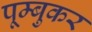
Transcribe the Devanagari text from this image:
पूम्बुकर